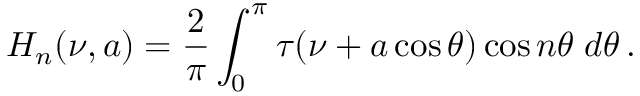
H _ { n } ( \nu , a ) = \frac { 2 } { \pi } \int _ { 0 } ^ { \pi } \tau ( \nu + a \cos \theta ) \cos n \theta \; d \theta \, .